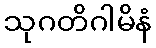
သုဂတိဂါမိနံ